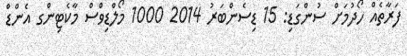
ފަރާތެއް ހޯދުމަށް ސުންގަޑި: 15 ޑިސެންބަރު 2014 1000 މޯލްޑިވްސް މާކެޓިންގ އެންޑް